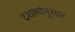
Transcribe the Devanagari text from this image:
दशकांनुसार